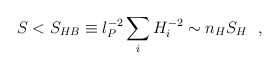
\begin{align*}S < S_{HB} \equiv l_P^{-2} \sum_{i} H_i^{-2} \sim n_H S_H ~~,\end{align*}